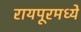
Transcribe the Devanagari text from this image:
रायपूरमध्ये